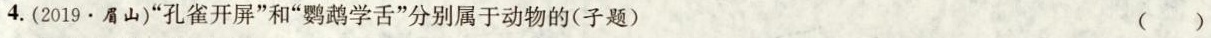
4.(2019 \cdot 眉山)”孔雀开屏”和”鹦鹉学舌”分别属于动物的(子题) ( )